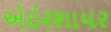
એઇરશાયર